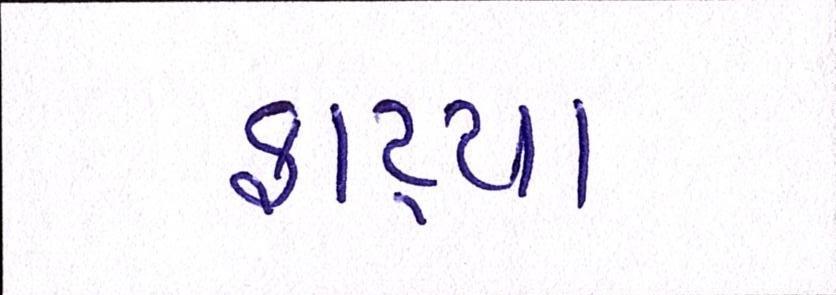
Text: ફાટ્યા